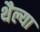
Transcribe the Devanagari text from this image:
थैल्या